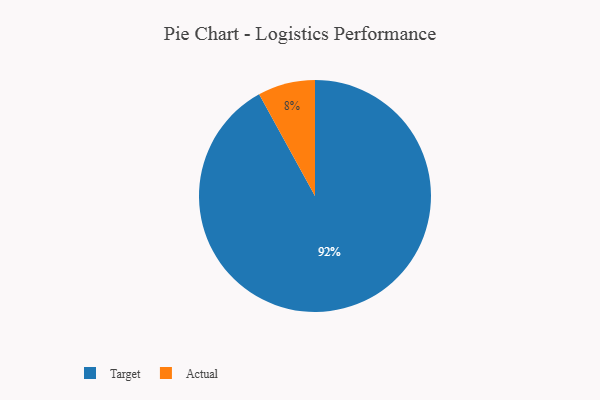
{"axis": {"x": "Category", "y": "Percentage"}, "legend": ["Actual", "Target"], "data": [{"x": "Actual", "y": 8, "type": "Actual"}, {"x": "Target", "y": 92, "type": "Target"}]}